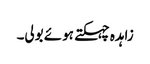
زاہدہ چہکتے ہوئے بولی۔